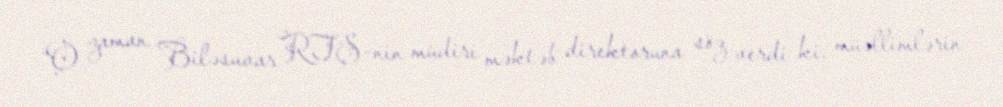
“O zaman Biləsuvar RTŞ-nin müdiri məktəb direktoruna söz verdi ki, müəllimlərin